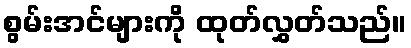
စွမ်းအင်များကို ထုတ်လွှတ်သည်။